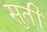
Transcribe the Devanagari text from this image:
सुतीं